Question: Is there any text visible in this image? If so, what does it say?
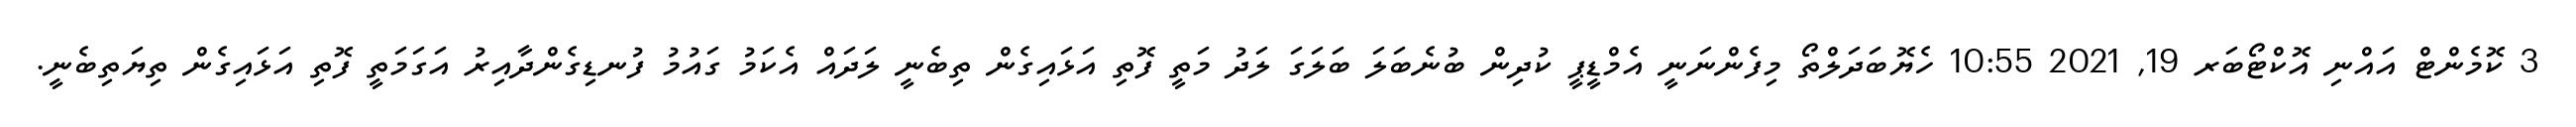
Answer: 3 ކޮމެންޓް އައްނި އޮކްޓޯބަރ 19, 2021 10:55 ހެޔޮބަދަލްތޯ މިފެންނަނީ އެމްޑީޕީ ކުދިން ބުނެބަލަ ބަލަގަ ލަދު މަތީ ފޮތި އަޅައިގެން ތިބެނީ ލަދައް އެކަމު ގައުމު ފުނޑިގެންދާއިރު އަގަމަތީ ފޮތި އަޅައިގެން ތިޔަތިބެނީ.